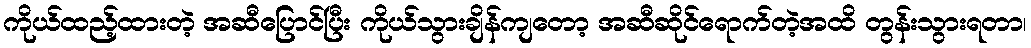
ကိုယ်ထည့်ထားတဲ့ အဆီပြောင်ပြီး ကိုယ်သွားချိန်ကျတော့ အဆီဆိုင်ရောက်တဲ့အထိ တွန်းသွားရတာ၊